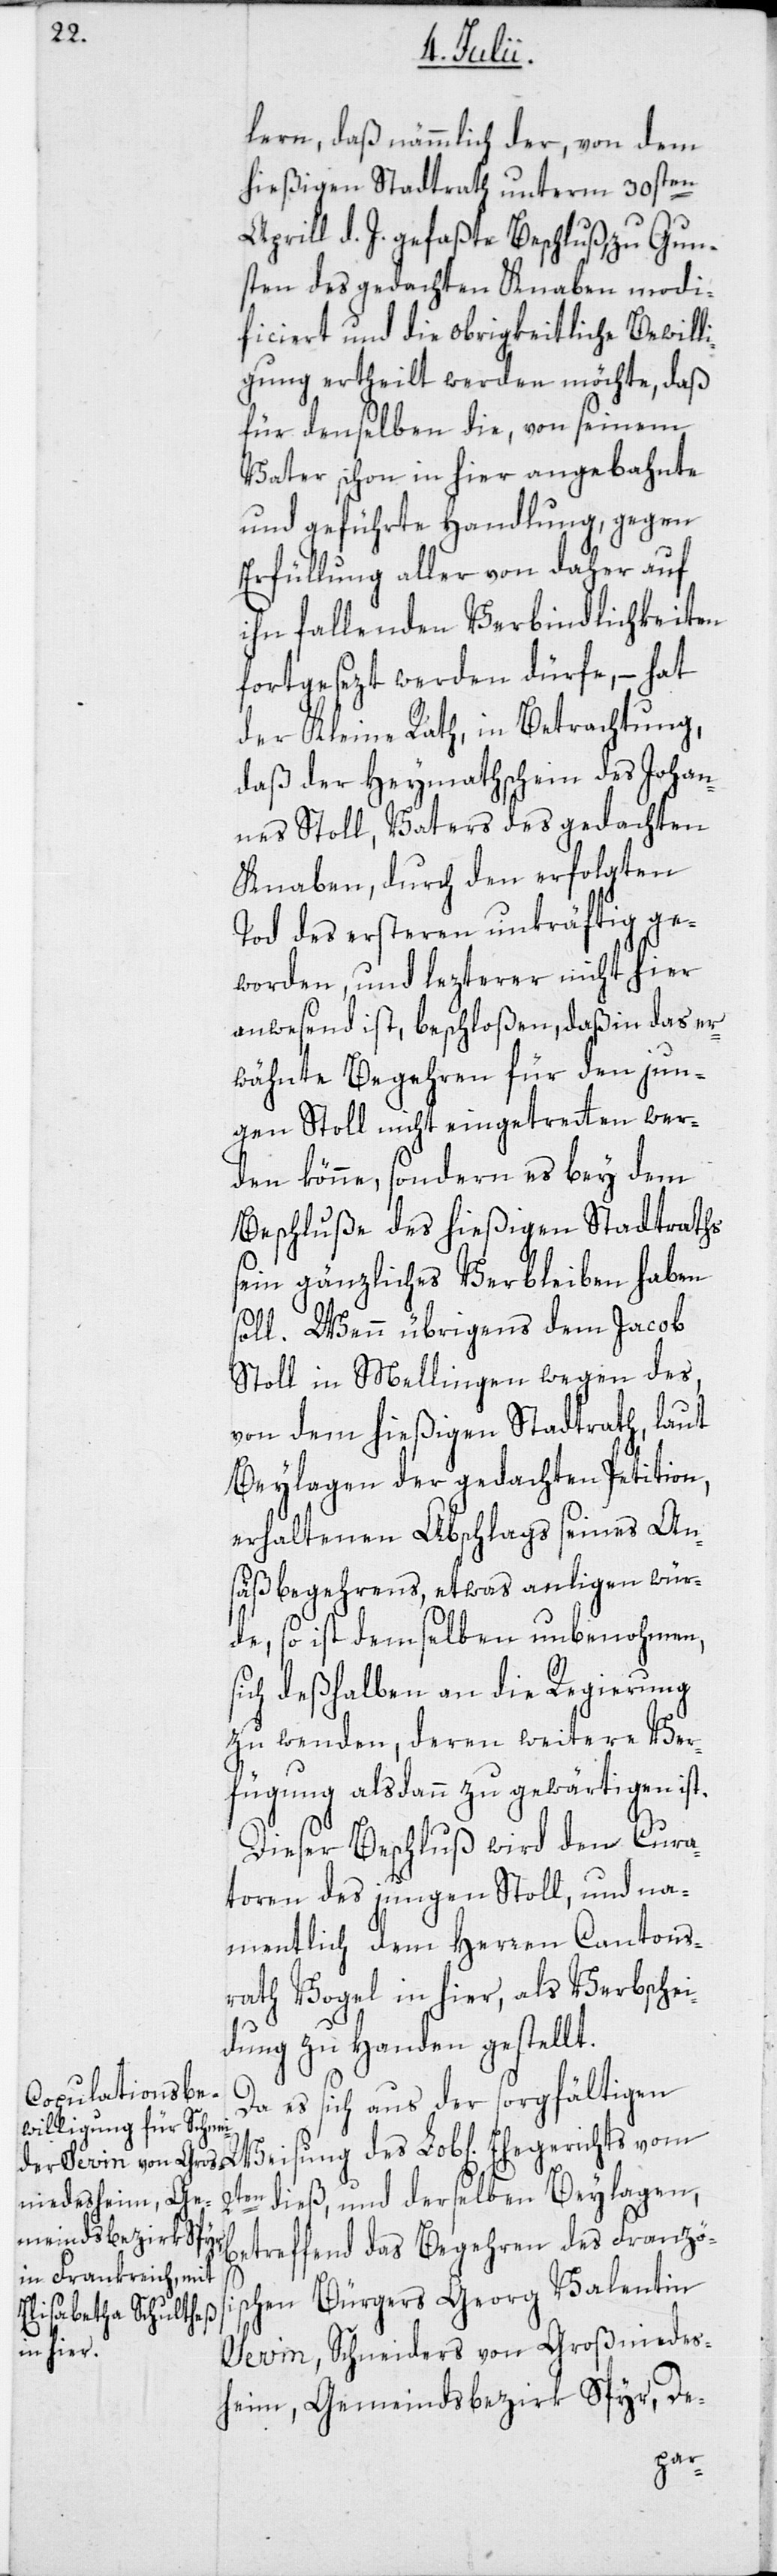
lern, daß nämmlich der von dem
hießigen Stadtrath unterm 30sten
Aprill d. J. gefaßte Beschluß, zu Gun¬
sten des gedachten Knaben modi¬
ficiert und die obrigkeitliche Bewill¬
igung ertheilt werden möchte, daß
für denselben die, von seinem
Vater schon in hier angebahnte
und geführte Handlung, gegen
Erfüllung aller von daher auf
ihn fallenden Verbindlichkeiten
fortgesezt werden dürfe, – hat
der Kleine Rath, in Betrachtung,
daß der Heymathschein des Johan¬
nes Stoll, Vaters des gedachten
Knaben, durch den erfolgten
Tod des ersteren unkräftig ge¬
worden, und lezterer nicht hier
anwesend ist, beschloßen, daß in das er¬
wähnte Begehren für den jun¬
gen Stoll nicht eingetretten wer¬
den könne, sondern es bey dem
Beschluße des hießigen Stadtraths
sein gänzliches Verbleiben haben
soll. Wenn übrigens dem Jacob
Stoll in Mellingen wegen des,
von dem hießigen Stadtrath, laut
Beylagen der gedachten Petition,
erhaltenen Abschlags seines An¬
säßbegehrens, etwas anligen wür¬
de, so ist demselben unbenohmen,
sich deßhalben an die Regierung
zu wenden, deren weitere Ver¬
fügung alsdann zu gewärtigen ist.
Dieser Beschluß wird den Cura¬
toren des jungen Stoll, und na¬
mentlich dem Herren Cantons¬
rath Vogel in hier, als Verbschei¬
dung zu Handen gestellt.
Da es sich aus der sorgfältigen
2t¬
en dieß, und derselben Beylagen,
betreffend das Begehren des Französi¬
schen Bürgers Georg Valentin
Sevin, Schneiders von Großniedes¬
heim, Gemeindsbezirk Spyr, De-